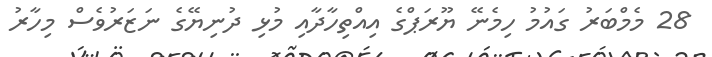
28 މެމްބަރު ގައުމު ހިމެނޭ ޔޫރަޕްގެ އިއްތިހާދާއި މުޅި ދުނިޔޭގެ ނަޒަރުވެސް މިހާރު